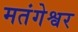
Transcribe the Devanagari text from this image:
मतंगेश्वर